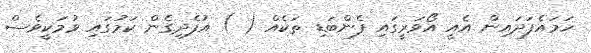
ހަމައެފަދައިން އެއީ އޯވަރީގައި ފެންބަޑި ތަކެއް ( ) އުފެދިގެން ކަމުގައި ވުމަކީވެސް